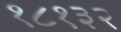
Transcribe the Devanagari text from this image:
१८१३२